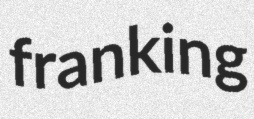
franking